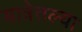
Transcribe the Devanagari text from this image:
यात्रेतल्या